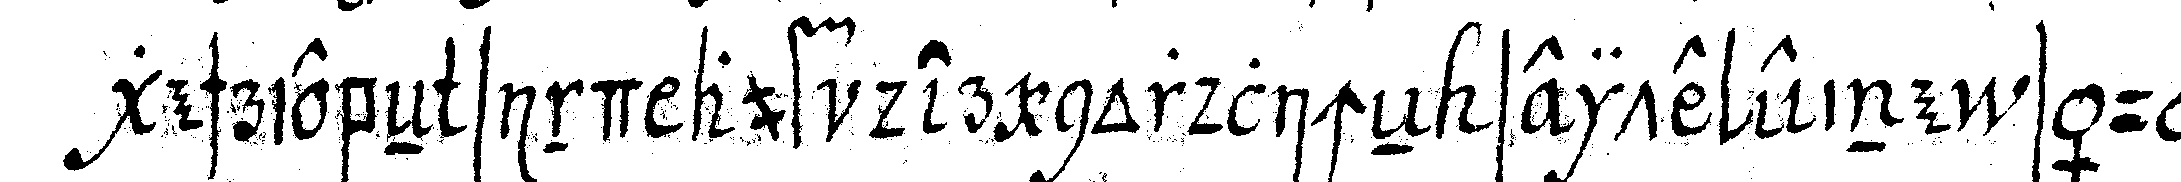
geschriebeN sind auf der nordlicheN seite eine säule